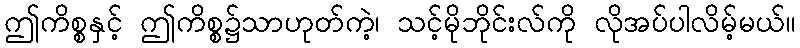
ဤကိစ္စနှင့် ဤကိစ္စ၌သာဟုတ်ကဲ့၊ သင့်မိုဘိုင်းလ်ကို လိုအပ်ပါလိမ့်မယ်။